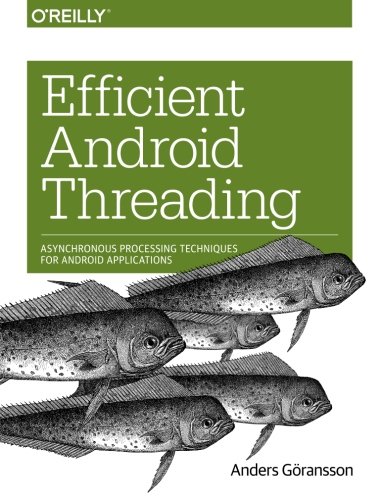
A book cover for Efficient Android Threading: Asynchronous Processing Techniques for Android Applications; Anders Goransson; Computers & Technology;